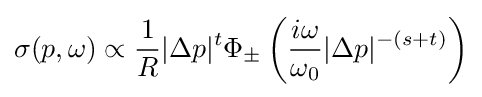
\sigma (p,\omega )\propto {\frac {1}{R}}|\Delta p|^{t}\Phi _{\pm }\left({\frac {i\omega }{\omega _{0}}}|\Delta p|^{-(s+t)}\right)